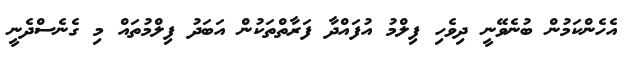
އެހެންކަމުން ބުނެވޭނީ ދިވެހި ފިލްމު އުފައްދާ ފަރާތްތަކުން އަބަދު ފިލްމުތައް މި ގެނެސްދެނީ